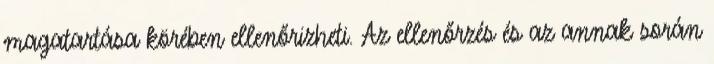
magatartása körében ellenőrizheti. Az ellenőrzés és az annak során